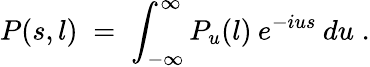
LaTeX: P(s,l)\; =\; \int_{-\infty}^{\infty}P_{u}(l)\: e^{-ius}\: du\; .